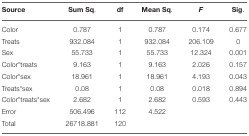
| Source | Sum Sq. | df | Mean Sq. | F | Sig. |
 | --- | --- | --- | --- | --- | --- |
 | Color | 0.787 | 1 | 0.787 | 0.174 | 0.677 |
 | Treats | 932.084 | 1 | 932.084 | 206.109 | 0 |
 | Sex | 55.733 | 1 | 55.733 | 12.324 | 0.001 |
 | Color*treats | 9.163 | 1 | 9.163 | 2.026 | 0.157 |
 | Color*sex | 18.961 | 1 | 18.961 | 4.193 | 0.043 |
 | Treats*sex | 0.08 | 1 | 0.08 | 0.018 | 0.894 |
 | Color*treats*sex | 2.682 | 1 | 2.682 | 0.593 | 0.443 |
 | Error | 506.496 | 112 | 4.522 |  |  |
 | Total | 26718.881 | 120 |  |  |  |